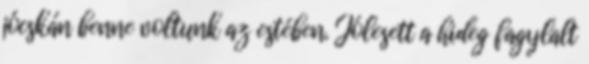
jócskán benne voltunk az estében. Jólesett a hideg fagylalt